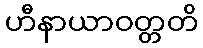
ဟီနာယာဝတ္တတိ